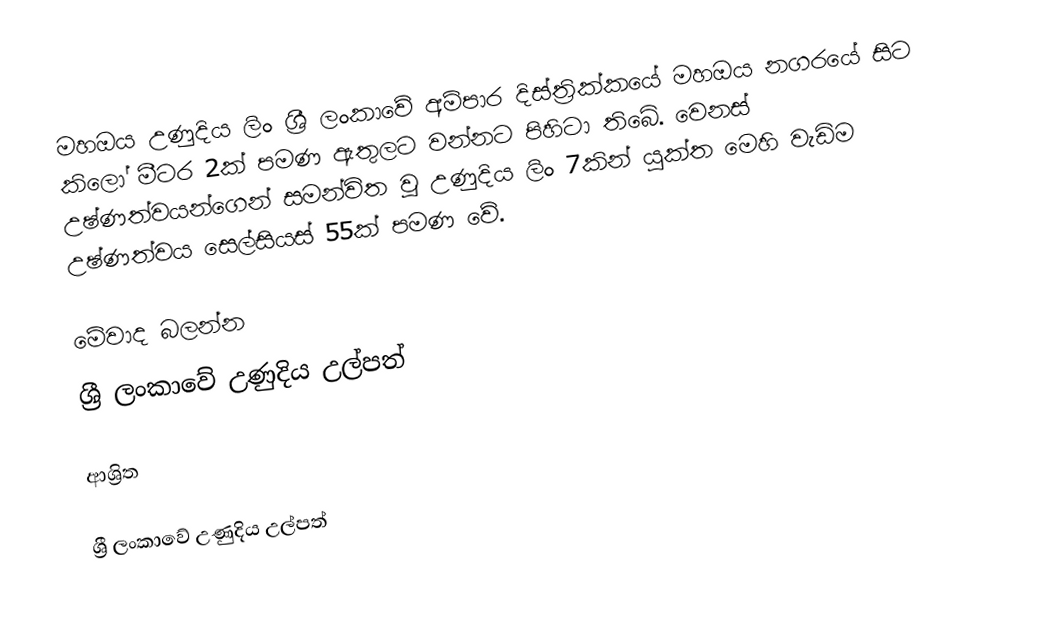
මහඔය උණුදිය ලිං ශ්‍රී ලංකාවේ අම්පාර දිස්ත්‍රික්කයේ මහඔය නගරයේ සිට කිලෝ මීටර 2ක් පමණ ඇතුලට වන්නට පිහිටා තිබේ. වෙනස් උෂ්ණත්වයන්ගෙන් සමන්විත වූ උණුදිය ලිං 7කින් යුක්ත මෙහි වැඩිම උෂ්ණත්වය සෙල්සියස් 55ක් පමණ වේ.

මේවාද බලන්න
 ශ්‍රී ලංකාවේ උණුදිය උල්පත්

ආශ්‍රිත

ශ්‍රී ලංකාවේ උණුදිය උල්පත්